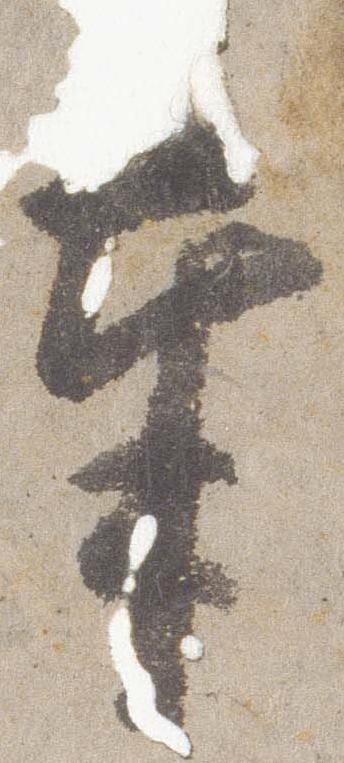
奉